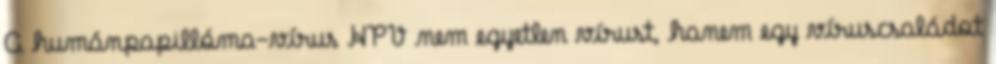
A humánpapillóma-vírus HPV nem egyetlen vírust, hanem egy víruscsaládot